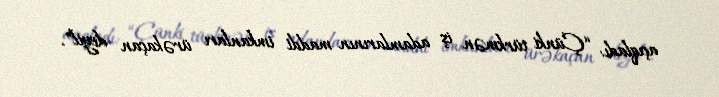
açıqladı: “Çünki türkmən iş adamlarının maddi imkanları ürəkaçan deyil”.